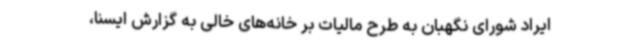
ایراد شورای نگهبان به طرح مالیات‌ بر خانه‌های خالی به گزارش ایسنا،